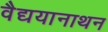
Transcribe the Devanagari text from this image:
वैद्ययानाथन